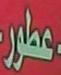
عطور